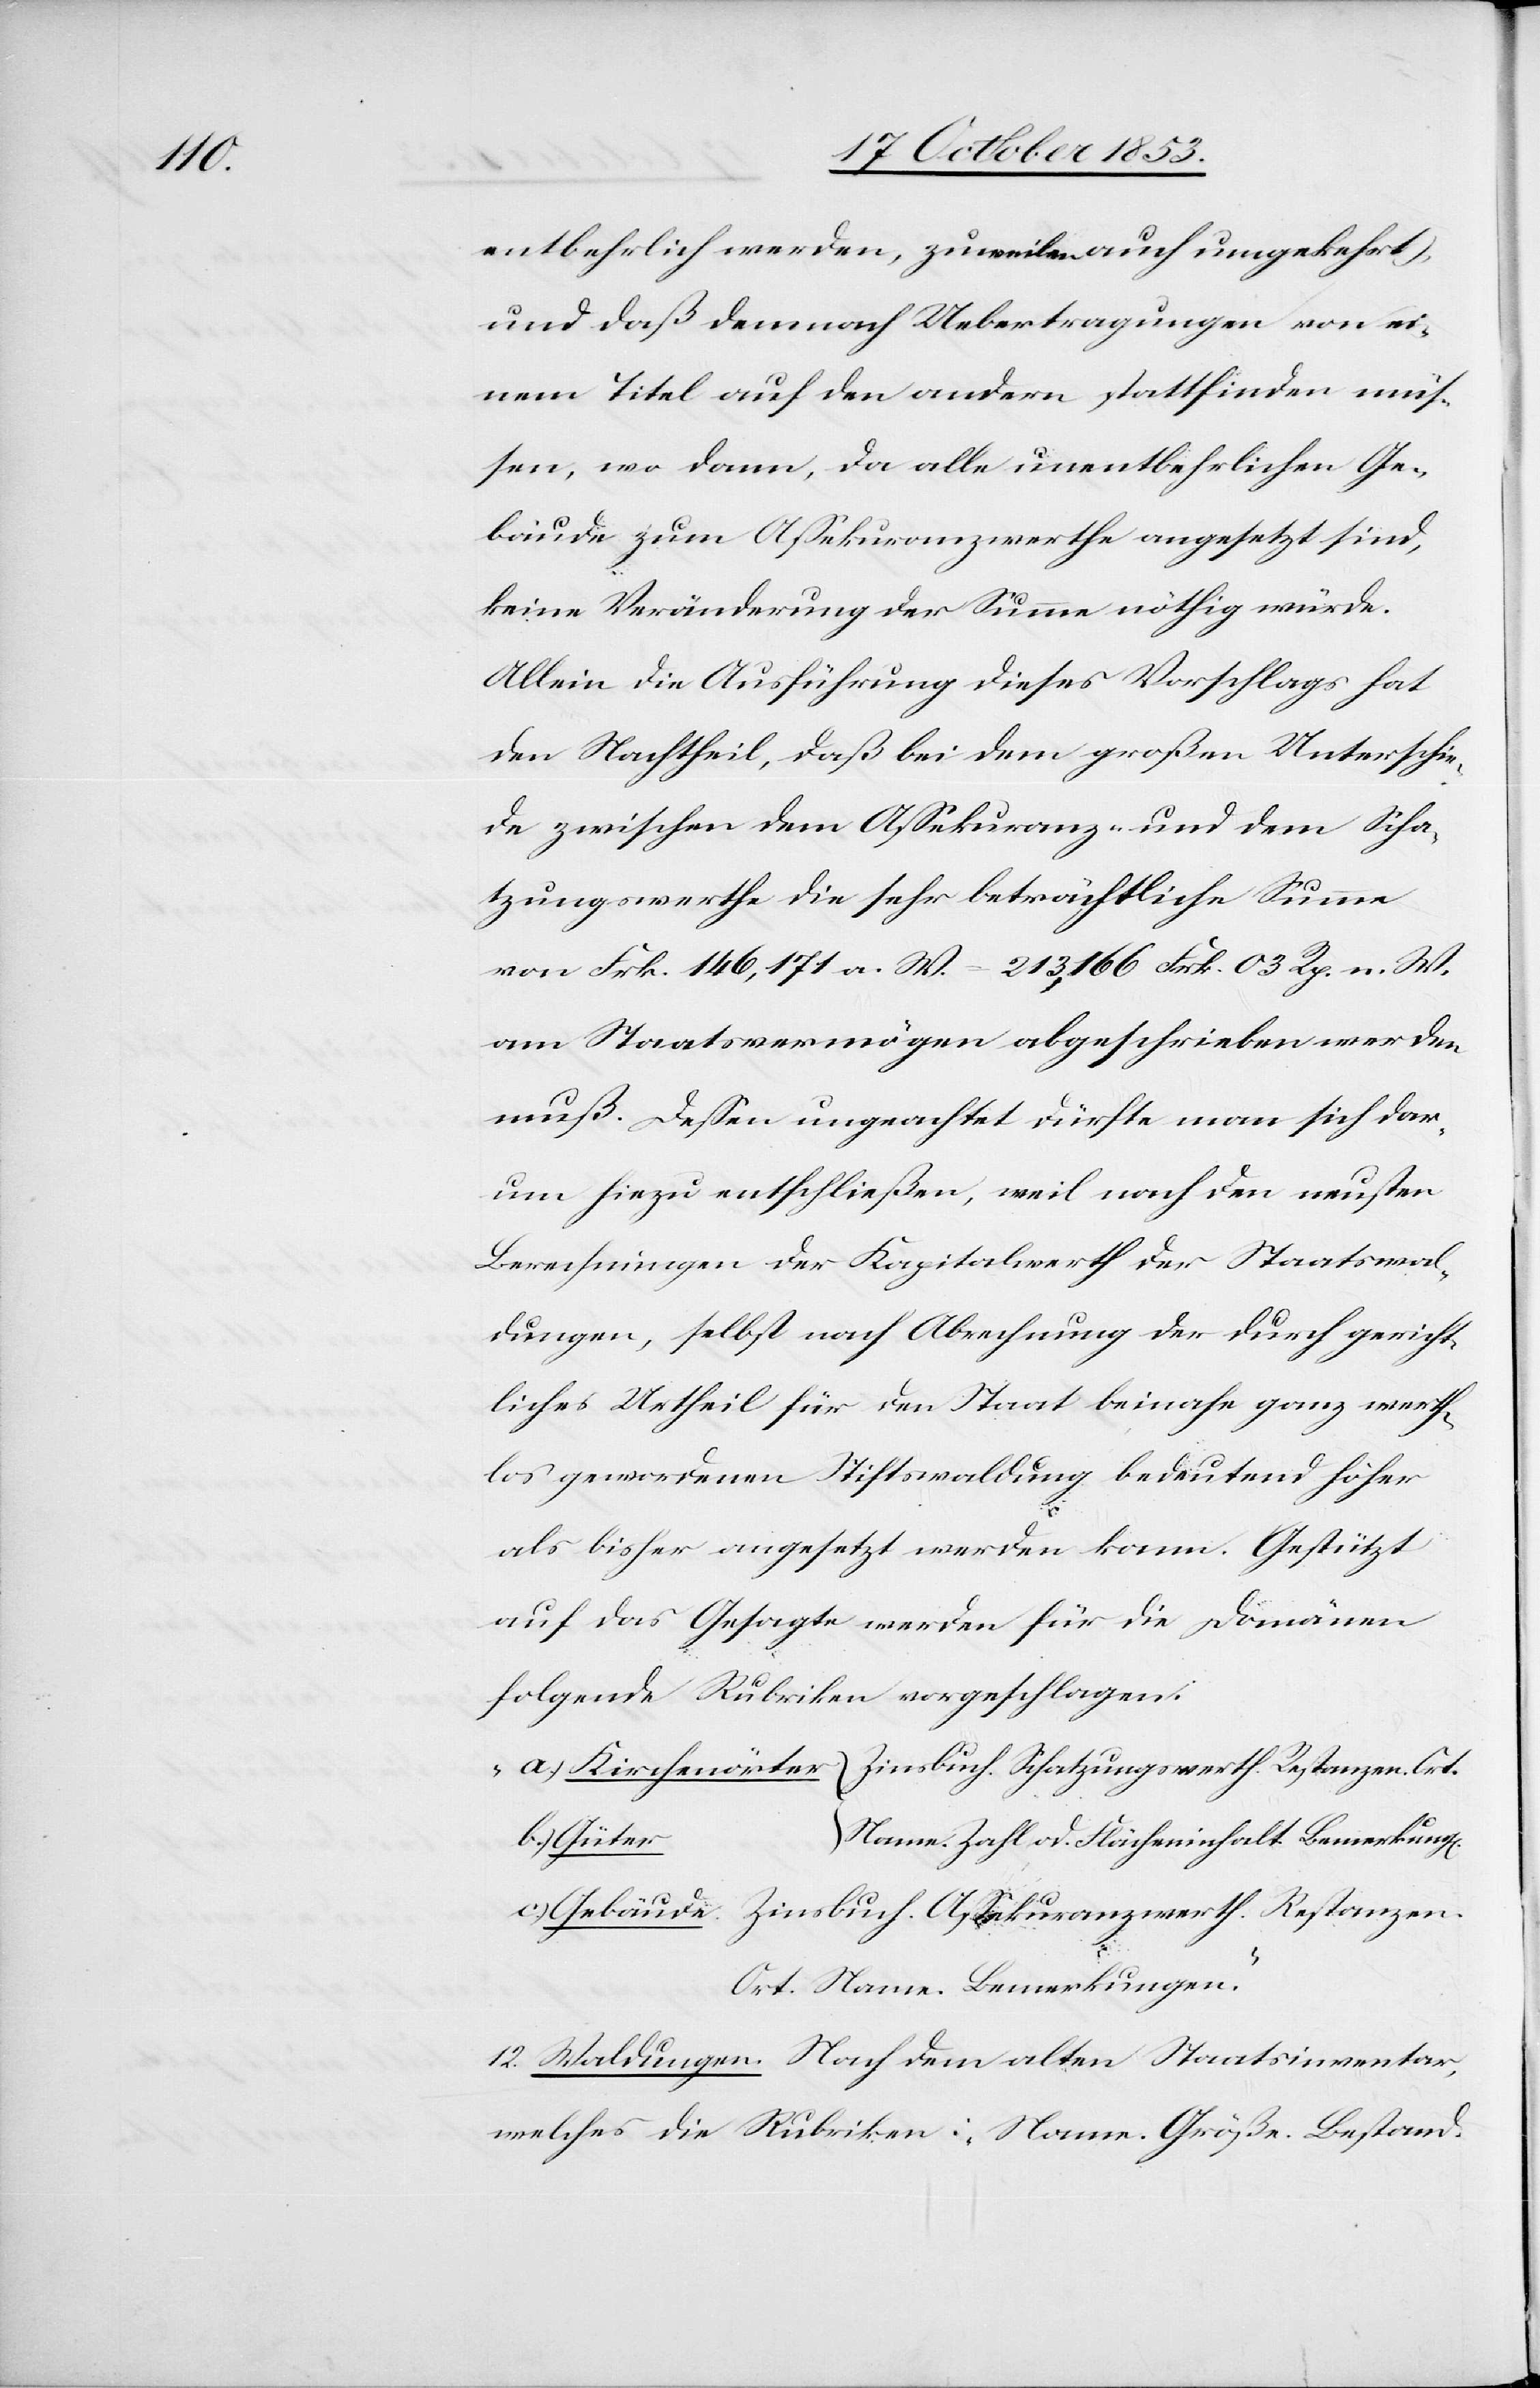
entbehrlich werden, zuweilen auch umgekehrt,
und daß demnach Uebertragungen von ei¬
nem Titel auf den andern stattfinden müs¬
sen, wo dann, da alle unentbehrlichen Ge¬
bäude zum Aßekuranzwerthe angesetzt sind,
keine Veränderung der Summe nöthig würde.
Allein die Ausführung dieses Vorschlags hat
den Nachtheil, daß bei dem großen Unterschie¬
de zwischen dem Aßekuranz- und dem Scha¬
tzungswerthe die sehr beträchtliche Summe
von Frk. 146,171 a. W. – 213,166 Frk. 03 Rp. n. W.
am Staatsvermögen abgeschrieben werden
muß. Deßen ungeachtet dürfte man sich dar¬
um hiezu entschließen, weil nach den neusten
Berechnungen der Kapitalwerth der Staatswal¬
dungen, selbst nach Abrechnung der durch gericht¬
liches Urtheil für den Staat beinahe ganz werth¬
los gewordenen Stiftswaldung bedeutend höher
als bisher angesetzt werden kann. Gestützt
auf das Gesagte werden für die Domänen
folgende Rubriken vorgeschlagen.
„a.) Kirchörter 	Zinsbuch. Schatzungswerth. Restanzen. Ort.
b.) Güter	}
Name. Zahl od. Flächeninhalt. Bemerkung[en].
c) Gebäude. Zinsbuch. Aßekuranzwerth. Restanzen.
Ort. Name. Bemerkungen.“
12. Waldungen. Nach dem alten Staatsinventar,
welches die Rubriken: „Name. Größe. Bestand-